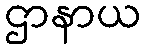
ဌာနာယ